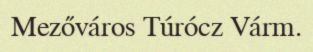
Mezőváros Túrócz Várm.